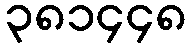
၃၈၁၄၄၈